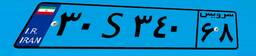
۹۲S۶۹۰۰۷